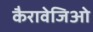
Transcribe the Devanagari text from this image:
कैरावेजिओ